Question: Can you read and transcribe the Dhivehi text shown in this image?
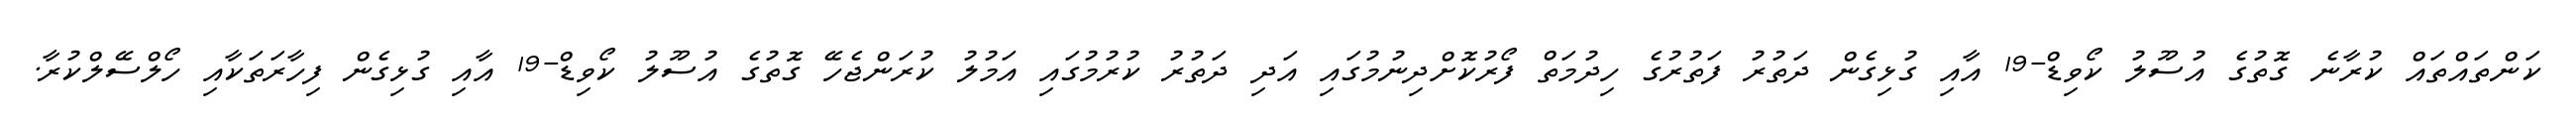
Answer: ކަންތައްތައް ކުރާނެ ގޮތުގެ އުސޫލު ކޯވިޑް-19 އާއި ގުޅިގެން ދަތުރު ފަތުރުގެ ހިދުމަތް ފޯރުކޮށްދިނުމުގައި އަދި ދަތުރު ކުރުމުގައި އަމުލު ކުރަންޖެހޭ ގޮތުގެ އުސޫލު ކޯވިޑް-19 އާއި ގުޅިގެން ފިހާރަތަކާއި ހޯލްސޭލްކުރާ.